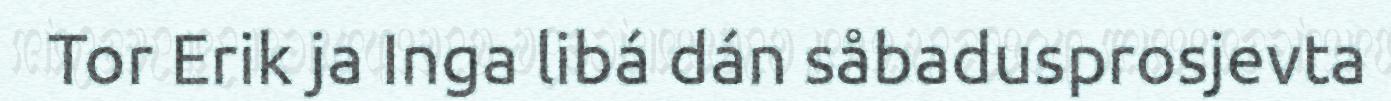
Tor Erik ja Inga libá dán såbadusprosjevta